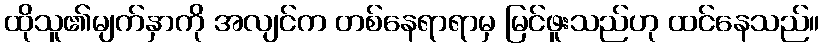
ထိုသူ၏မျက်နှာကို အလျင်က တစ်နေရာရာမှ မြင်ဖူးသည်ဟု ထင်နေသည်။